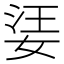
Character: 𡝝